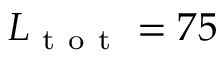
L _ { \mathrm { ~ t ~ o ~ t ~ } } = 7 5